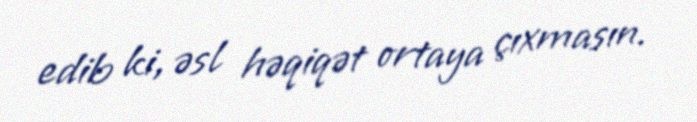
edib ki, əsl həqiqət ortaya çıxmasın.